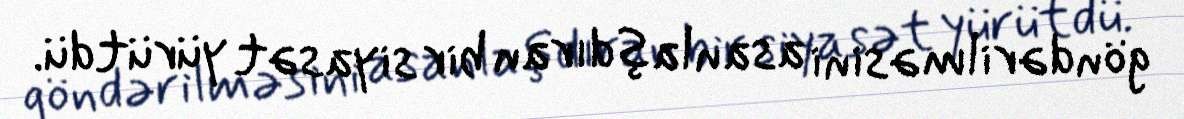
göndərilməsini asanlaşdıran bir siyasət yürütdü.